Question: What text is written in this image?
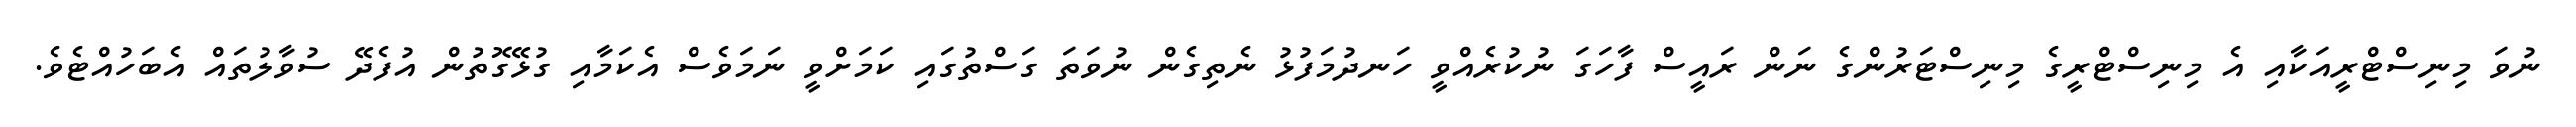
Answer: ނުވަ މިނިސްޓްރީއަކާއި އެ މިނިސްޓްރީގެ މިނިސްޓަރުންގެ ނަން ރައީސް ފާހަގަ ނުކުރެއްވީ ހަނދުމަފުޅު ނެތިގެން ނުވަތަ ގަސްތުގައި ކަމަށްވީ ނަމަވެސް އެކަމާއި ގުޅޭގޮތުން އުފެދޭ ސުވާލުތައް އެބަހުއްޓެވެ.